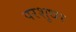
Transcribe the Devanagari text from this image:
परशुधर